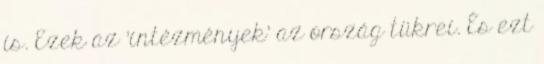
is. Ezek az 'intézmények' az ország tükrei. És ezt